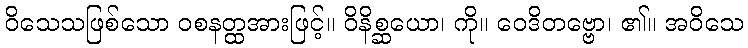
ဝိသေသဖြစ်သော ဝစနတ္ထအားဖြင့်။ ဝိနိစ္ဆယော၊ ကို။ ဝေဒိတဗ္ဗော၊ ၏။ အဝိသေ